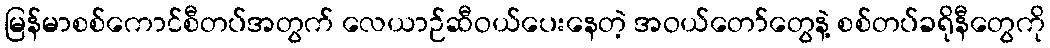
မြန်မာစစ်ကောင်စီတပ်အတွက် လေယာဉ်ဆီဝယ်ပေးနေတဲ့ အဝယ်တော်တွေနဲ့ စစ်တပ်ခရိုနီတွေကို